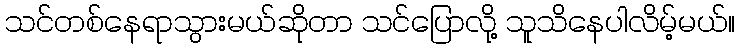
သင်တစ်နေရာသွားမယ်ဆိုတာ သင်ပြောလို့ သူသိနေပါလိမ့်မယ်။